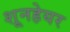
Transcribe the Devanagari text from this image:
शूनहेयर